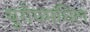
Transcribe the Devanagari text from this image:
युरोपमधिल